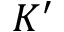
K ^ { \prime }